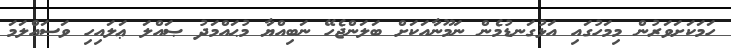
ހަމަކަށަވަރުން މިމަހުގައި އަޅުގަނޑުމެން ނަމޫނާއަކަށް ބަލަންޖެހޭ ނަބިއްޔާ މުޙައްމަދު ޞައްލަ ޢަލައިހި ވަސައްލަމަ